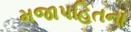
મજાપહિતના